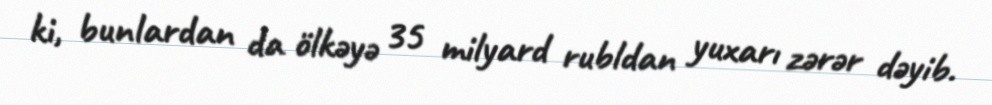
ki, bunlardan da ölkəyə 35 milyard rubldan yuxarı zərər dəyib.